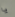
يا